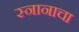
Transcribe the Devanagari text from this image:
स्नानाचा